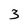
Character: 3